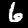
Label: 6